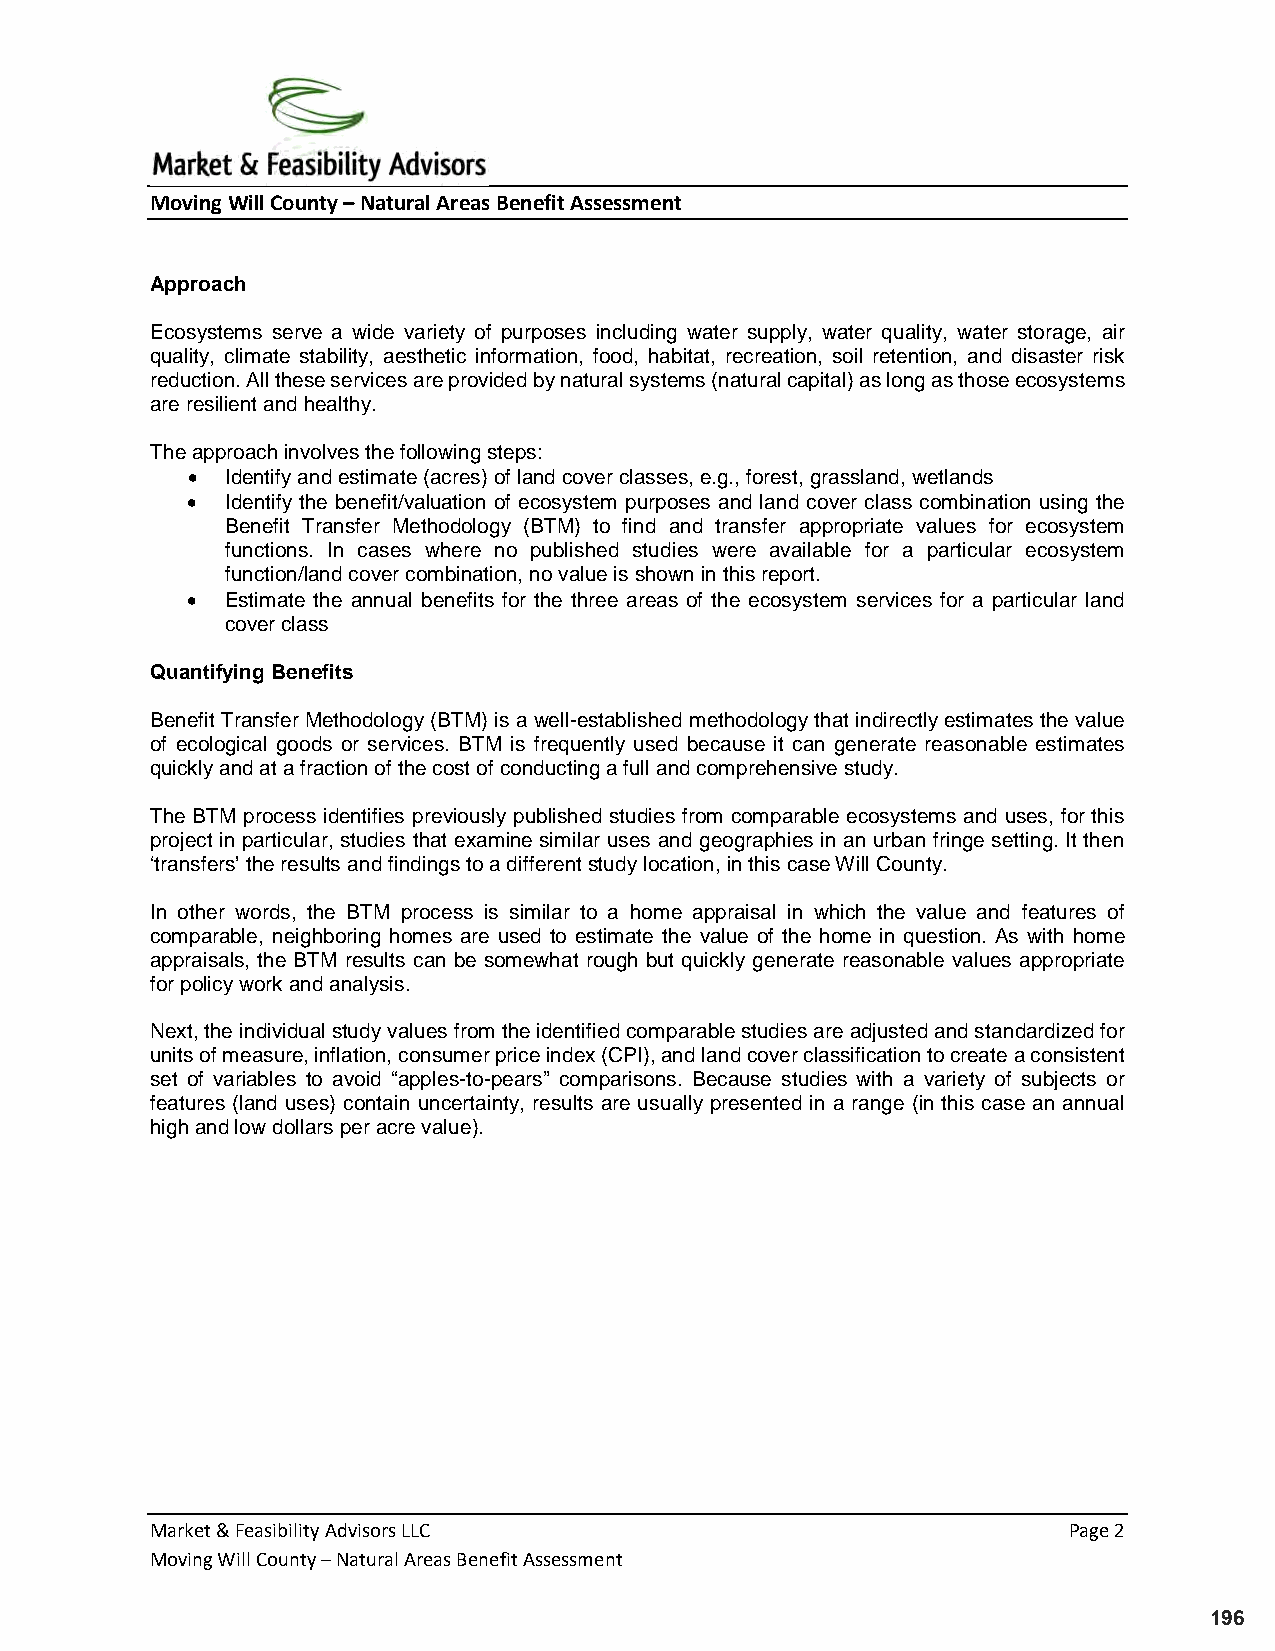
Moving Will County – Natural Areas Benefit Assessment
 Approach
 Ecosystems serve a wide variety of purposes including water supply, water quality, water storage, air
 quality, climate stability, aesthetic information, food, habitat, recreation, soil retention, and disaster risk
 reduction. All these services are provided by natural systems (natural capital) as long as those ecosystems
 are resilient and healthy.
 The approach involves the following steps:
 •  Identify and estimate (acres) of land cover classes, e.g., forest, grassland, wetlands
 •  Identify the benefit/valuation of ecosystem purposes and land cover class combination using the
 Benefit Transfer Methodology (BTM) to find and transfer appropriate values for ecosystem
 functions. In cases where no published studies were available for a particular ecosystem
 function/land cover combination, no value is shown in this report.
 •  Estimate the annual benefits for the three areas of the ecosystem services for a particular land
 cover class
 Quantifying Benefits
 Benefit Transfer Methodology (BTM) is a well-established methodology that indirectly estimates the value
 of ecological goods or services. BTM is frequently used because it can generate reasonable estimates
 quickly and at a fraction of the cost of conducting a full and comprehensive study.
 The BTM process identifies previously published studies from comparable ecosystems and uses, for this
 project in particular, studies that examine similar uses and geographies in an urban fringe setting. It then
 ‘transfers’ the results and findings to a different study location, in this case Will County.
 In other words, the BTM process is similar to a home appraisal in which the value and features of
 comparable, neighboring homes are used to estimate the value of the home in question. As with home
 appraisals, the BTM results can be somewhat rough but quickly generate reasonable values appropriate
 for policy work and analysis.
 Next, the individual study values from the identified comparable studies are adjusted and standardized for
 units of measure, inflation, consumer price index (CPI), and land cover classification to create a consistent
 set of variables to avoid “apples-to-pears” comparisons. Because studies with a variety of subjects or
 features (land uses) contain uncertainty, results are usually presented in a range (in this case an annual
 high and low dollars per acre value).
 Market & Feasibility Advisors LLC                            Page 2
 Moving Will County – Natural Areas Benefit Assessment
 196